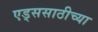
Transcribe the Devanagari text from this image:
एड्ससाठीच्या